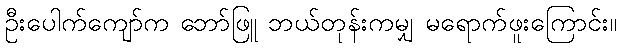
ဦးပေါက်ကျော်က ဘော်ဖြူ ဘယ်တုန်းကမျှ မရောက်ဖူးကြောင်း။